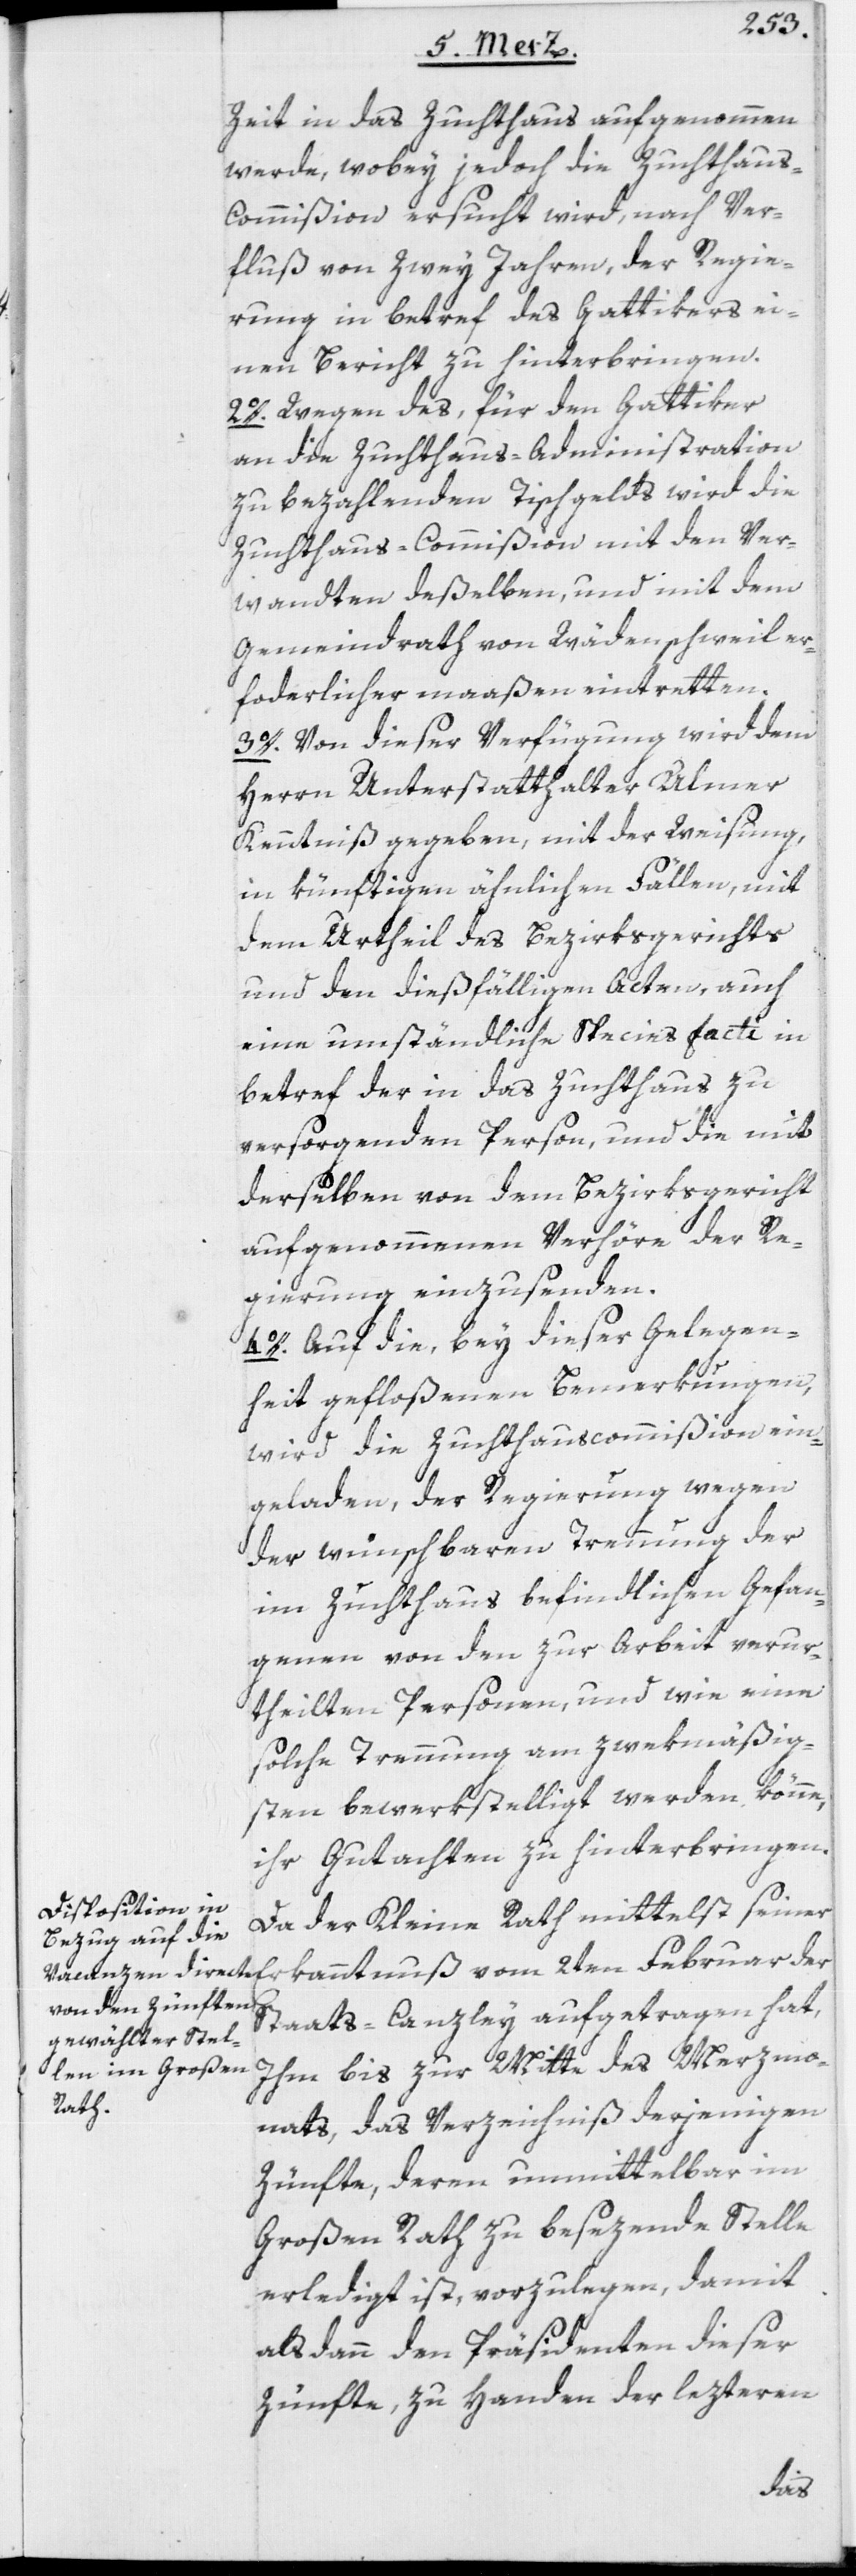
Zeit in das Zuchthaus aufgenommen
werde, wobey jedoch die Zuchthau¬
s-Commißion ersucht wird, nach Ver¬
fluß von zwey Jahren, der Regie¬
rung in betref des Gattikers ei¬
nen Bericht zu hinterbringen.
2o. Wegen des, für den Gattiker
an die Zuchthaus-Administration
zu bezahlenden Tischgelds wird die
Zuchthaus-Commißion mit den Ver¬
wandten deßelben, und mit dem
Gemeindrath von Wädenschweil er¬
forderlichermaaßen eintretten.
3o. Von dieser Verfügung wird dem
Herrn Unterstatthalter Ulmer
Kenntniß gegeben, mit der Weisung,
in künftigen ähnlichen Fällen, mit
dem Urtheil des Bezirksgerichts
und den dießfälligen Acten, auch
eine umständliche Species facti in
betref der in das Zuchthaus zu
versorgenden Person, und die mit
derselben von dem Bezirksgericht
aufgenommenen Verhöre der Re¬
gierung einzusenden.
4o. Auf die, bey dieser Gelegen¬
heit gefloßenen Bemerkungen,
wird die Zuchthauscommißion ein¬
geladen, der Regierung wegen
der wünschbaren Trennung der
im Zuchthaus befindlichen Gefan¬
genen von den zur Arbeit verur¬
theilten Personen, und wie eine
solche Trennung am zwekmäßig¬
sten bewerkstelligt werden könne,
ihr Gutachten zu hinterbringen.
Da der Kleine Rath mittelst seiner
Staats-Canzley aufgetragen hat,
Ihm bis zur Mitte des Merzmo¬
nats, das Verzeichniß derjenigen
Zünfte, deren unmittelbar im
Großen Rath zu besezende Stelle
erledigt ist, vorzulegen, damit
alsdann den Präsidenten dieser
Zünfte, zu Handen der lezteren
der